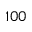
1 0 0